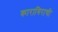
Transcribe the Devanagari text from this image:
कारागिराची